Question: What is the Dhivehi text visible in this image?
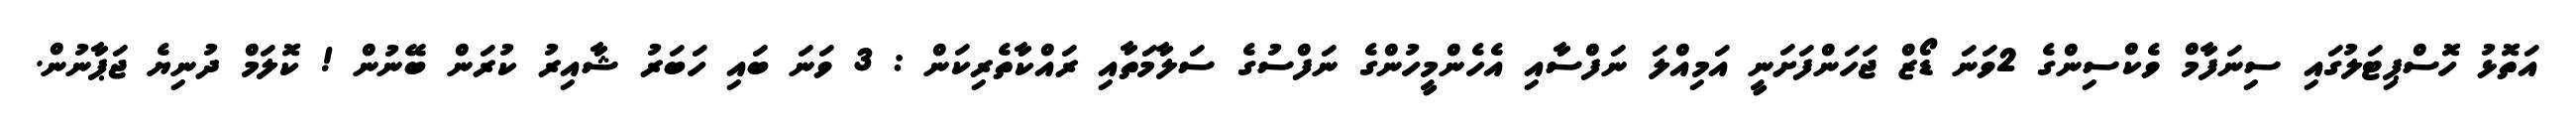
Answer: އަތޮޅު ހޮސްޕިޓަލުގައި ސިނަފާމް ވެކްސިންގެ 2ވަނަ ޑޯޒް ޖަހަންފަށަނީ އަމިއްލަ ނަފްސާއި އެހެންމީހުންގެ ނަފްސުގެ ސަލާމަތާއި ރައްކާތެރިކަން : 3 ވަނަ ބައި ހަބަރު ޝާއިރު ކުރަން ބޭނުން ! ކޮލަމް ދުނިޔެ ޖަޕާނުން.